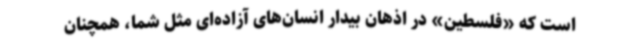
است که «فلسطین» در اذهان بیدار انسان‌های آزاده‌ای مثل شما، همچنان